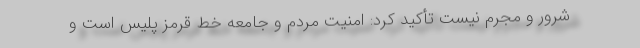
شرور و مجرم نیست تأکید کرد: امنیت مردم و جامعه خط قرمز پلیس است و